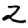
Digit: 2